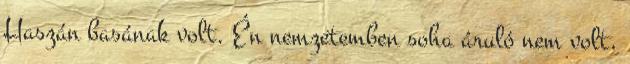
Haszán basának volt. Én nemzetemben soha áruló nem volt,